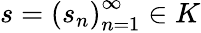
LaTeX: s=\left(s_{n}\right)_{n=1}^{\infty}\in K